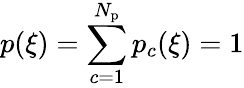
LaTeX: p(\xi)=\sum_{c=1}^{N_{\mathrm{p}}}p_{c}(\xi)=1